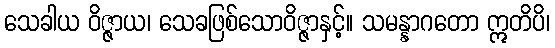
သေခါယ ဝိဇ္ဇာယ၊ သေခဖြစ်သောဝိဇ္ဇာနှင့်။ သမန္နာဂတော ဣတိပိ၊